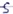
Text: S